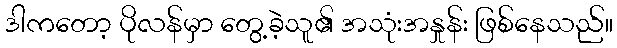
ဒါကတော့ ပိုလန်မှာ တွေ့ခဲ့သူ၏ အသုံးအနှုန်း ဖြစ်နေသည်။